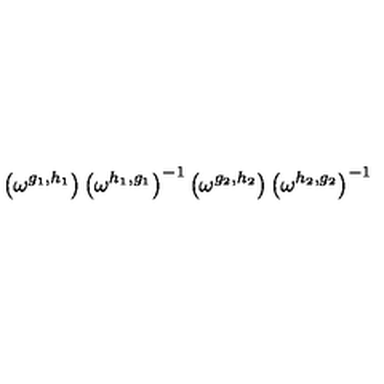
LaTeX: \left( \omega ^ { g _ { 1 } , h _ { 1 } } \right) \left( \omega ^ { h _ { 1 } , g _ { 1 } } \right) ^ { - 1 } \left( \omega ^ { g _ { 2 } , h _ { 2 } } \right) \left( \omega ^ { h _ { 2 } , g _ { 2 } } \right) ^ { - 1 }